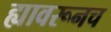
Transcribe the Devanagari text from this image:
ह्यावरूनच